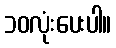
၁၀လုံးပေးပါ။